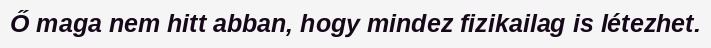
Ő maga nem hitt abban, hogy mindez fizikailag is létezhet.